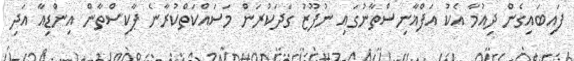
ފައިބައިގެން ދިއުމާ އެކު އަފްޣާނިސްތާނުގައި ނުފޫޒު ގަދަކުރަން މަސައްކަތްކުރާނެ ޕާކިސްތާން އިންޑިއާ އަދި